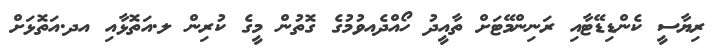
ރިޔާސީ ކެންޑިޑޭޓާއި ރަނިންމޭޓަށް ތާއީދު ހޯއްދެއވުމުގެ ގޮތުން މީގެ ކުރިން ލ.އަތޮޅާއި އދ.އަތޮޅަށް